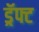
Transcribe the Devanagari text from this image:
ड्रॅफ्ट